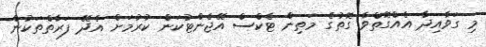
މި ގަވާއިދާ އެއްގޮތްވާ ގޮތުގެ މަތިން ޓެކްސް އޭޖެންޓުކަން ކުރުމަށް އެދޭ ފަރާތްތަކުން